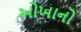
ઓખાનો